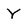
Character: Y